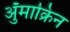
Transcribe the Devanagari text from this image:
ॲुमाक्रिन